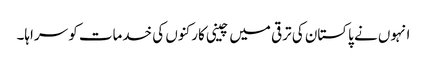
انہوں نے پاکستان کی ترقی میں چینی کارکنوں کی خدمات کو سراہا۔